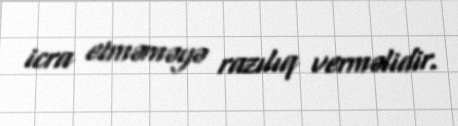
icra etməməyə razılıq verməlidir.